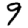
Digit: 9